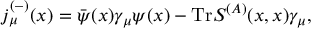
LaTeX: j _ { \mu } ^ { ( - ) } ( x ) = \bar { \psi } ( x ) \gamma _ { \mu } \psi ( x ) - \mathrm { T r } S ^ { ( A ) } ( x , x ) \gamma _ { \mu } ,